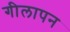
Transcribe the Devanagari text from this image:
गीलापन